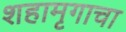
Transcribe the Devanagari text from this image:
शहामृगाचा